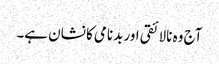
آج وہ نالائقی اور بدنامی کا نشان ہے۔